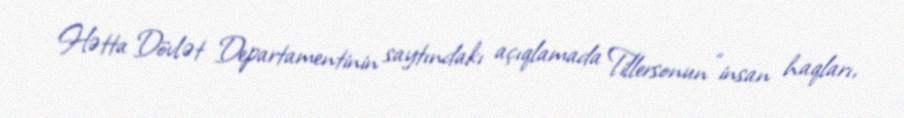
Hətta Dövlət Departamentinin saytındakı açıqlamada Tillersonun “insan haqları,